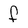
Character: f